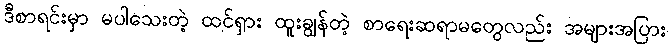
ဒီစာရင်းမှာ မပါသေးတဲ့ ထင်ရှား ထူးချွန်တဲ့ စာရေးဆရာမတွေလည်း အများအပြား